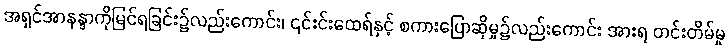
အရှင်အာနန္ဒာကိုမြင်ရခြင်း၌လည်းကောင်း၊ ၎င်းင်းထေရ်နှင့် စကားပြောဆိုမှု၌လည်းကောင်း အားရ တင်းတိမ်မှု